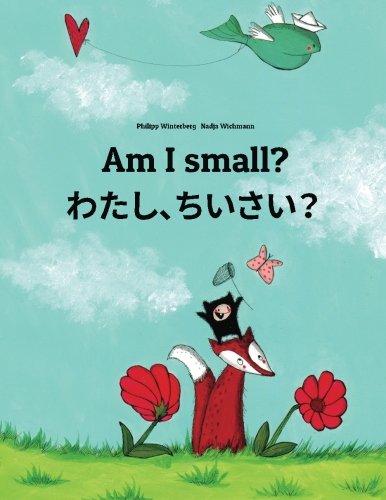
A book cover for Am I small? Watashi, chisai?: Children's Picture Book English-Japanese (Bilingual Edition); Philipp Winterberg; Children's Books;